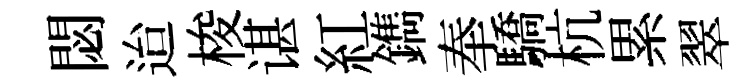
閟迨梭谌紅鐫奉驕杭累翠